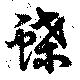
蝶